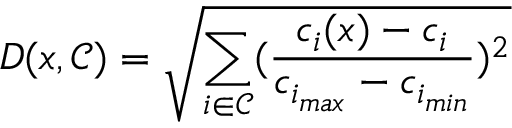
D ( x , \mathcal { C } ) = \sqrt { \sum _ { i \in \mathcal { C } } ( \frac { c _ { i } ( x ) - c _ { i } } { c _ { i _ { m a x } } - c _ { i _ { m i n } } } ) ^ { 2 } }